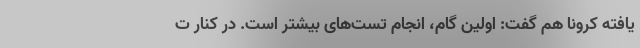
یافته کرونا هم گفت: اولین گام، انجام تست‌های بیشتر است. در کنار ت